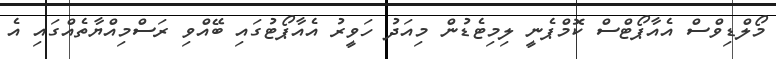
މޯލްޑިވްސް އެއާޕޯޓްސް ކޮމްޕެނީ ލިމިޓެޑުން މިއަދު ހަވީރު އެއާޕޯޓުގައި ބޭއްވި ރަސްމިއްޔާތެއްގައި އެ